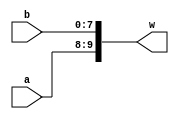
module Concat(input[1:0] a, input[7:0] b, output[9:0] w);
  assign w = {a, b};
endmodule